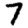
Digit: 7